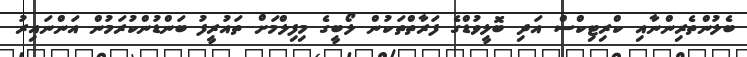
ބެލުންތެރިންނާއި ކްރިޓިކްސް އަދި ބޮލީވުޑްގެ ފަރާތްތަކުން ލޯބީގެ މިފިލްމަށް ތައުރީފު ބަންޑުންކުރަމުން އަންނައިރު